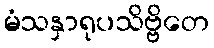
မံသနှာရုပသိဗ္ဗိတေ